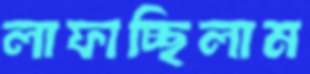
লাফাচ্ছিলাম